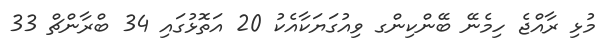
މުޅި ރާއްޖެ ހިމެނޭ ބޭންކިންގ ވިއުގަޔަކާއެކު 20 އަތޮޅުގައި 34 ބްރާންޗް 33